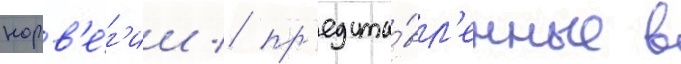
норв'е́г'ии / пр'едста́вл'енные в